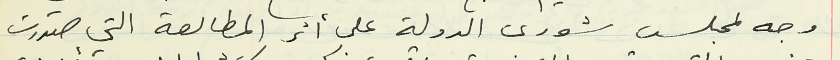
وجه لمجلس شورى الدولة على أثر المطالعة التي صدرت